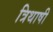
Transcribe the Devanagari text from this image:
त्रिथाषी